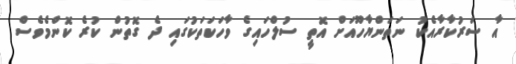
އާ ސަރުކާރާއެކު ނަތަންޔާހޫއަށް އޮތީ ސުލްހައިގެ ވާހަކަތަކުގައި ދެ ގޮތުން ކުރެ ކޮންމެވެސް